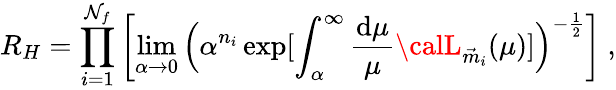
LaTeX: R_{H}=\prod_{i=1}^{\mathcal{N}_{f}}\left[\operatorname*{lim}_{\alpha\rightarrow0}\Big(\alpha^{n_{i}}\exp[\int_{\alpha}^{\infty}\frac{{\mathrm{{d}}\mu}}{{\mu}}{\calL}_{\vec{{m}}_{i}}(\mu)]\Big)^{-\frac{{1}}{{2}}}\right]\ ,